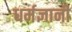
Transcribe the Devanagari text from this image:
धर्मज्ञानी